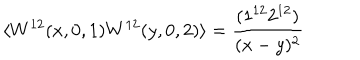
\langle W ^ { 1 2 } ( x , 0 , 1 ) W ^ { 1 2 } ( y , 0 , 2 ) \rangle = \frac { ( 1 ^ { 1 2 } 2 ^ { 1 2 } ) } { ( x - y ) ^ { 2 } }